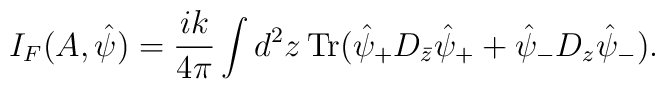
I_F(A,{\hat \psi}) = \frac{ik}{4\pi} \int d^2 z \,  {\rm Tr}  ({\hat \psi}_+D_{\bar z} {\hat \psi}_+ + {\hat \psi}_- D_z {\hat \psi}_-).